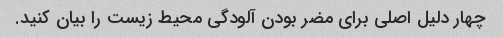
چهار دلیل اصلی برای مضر بودن آلودگی محیط زیست را بیان کنید.